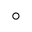
^ { \circ }